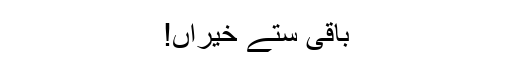
باقی ستے خیراں!